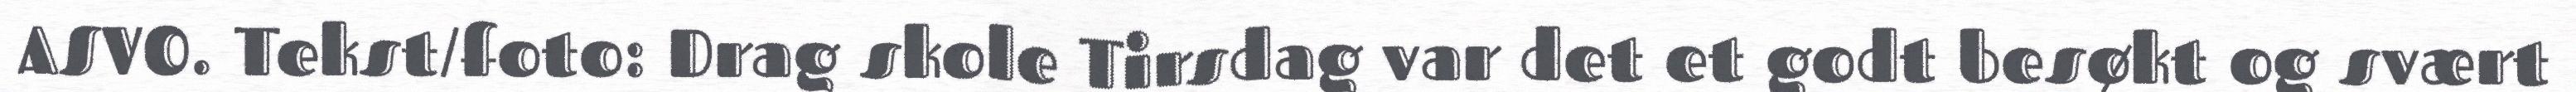
ASVO. Tekst/foto: Drag skole Tirsdag var det et godt besøkt og svært